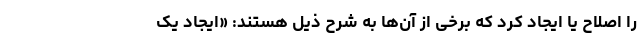
را اصلاح یا ایجاد کرد که برخی از آن‌ها به شرح ذیل هستند: «ایجاد یک